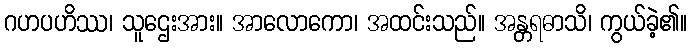
ဂဟပဟိဿ၊ သူဌေးအား။ အာလောကော၊ အထင်းသည်။ အန္တရဓာသိ၊ ကွယ်ခဲ့၏။